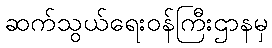
ဆက်သွယ်ရေးဝန်ကြီးဌာနမှ